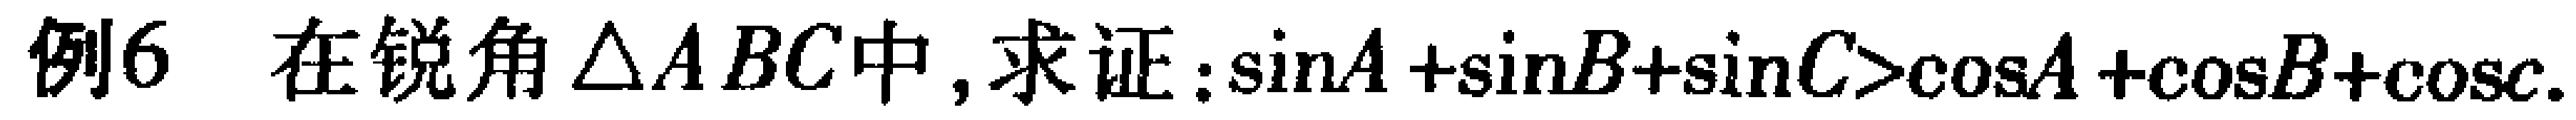
例6 在锐角$\triangle ABC$中, 求证:$\sin A+\sin B+\sin C>\cos A+\cos B+\cos C$.